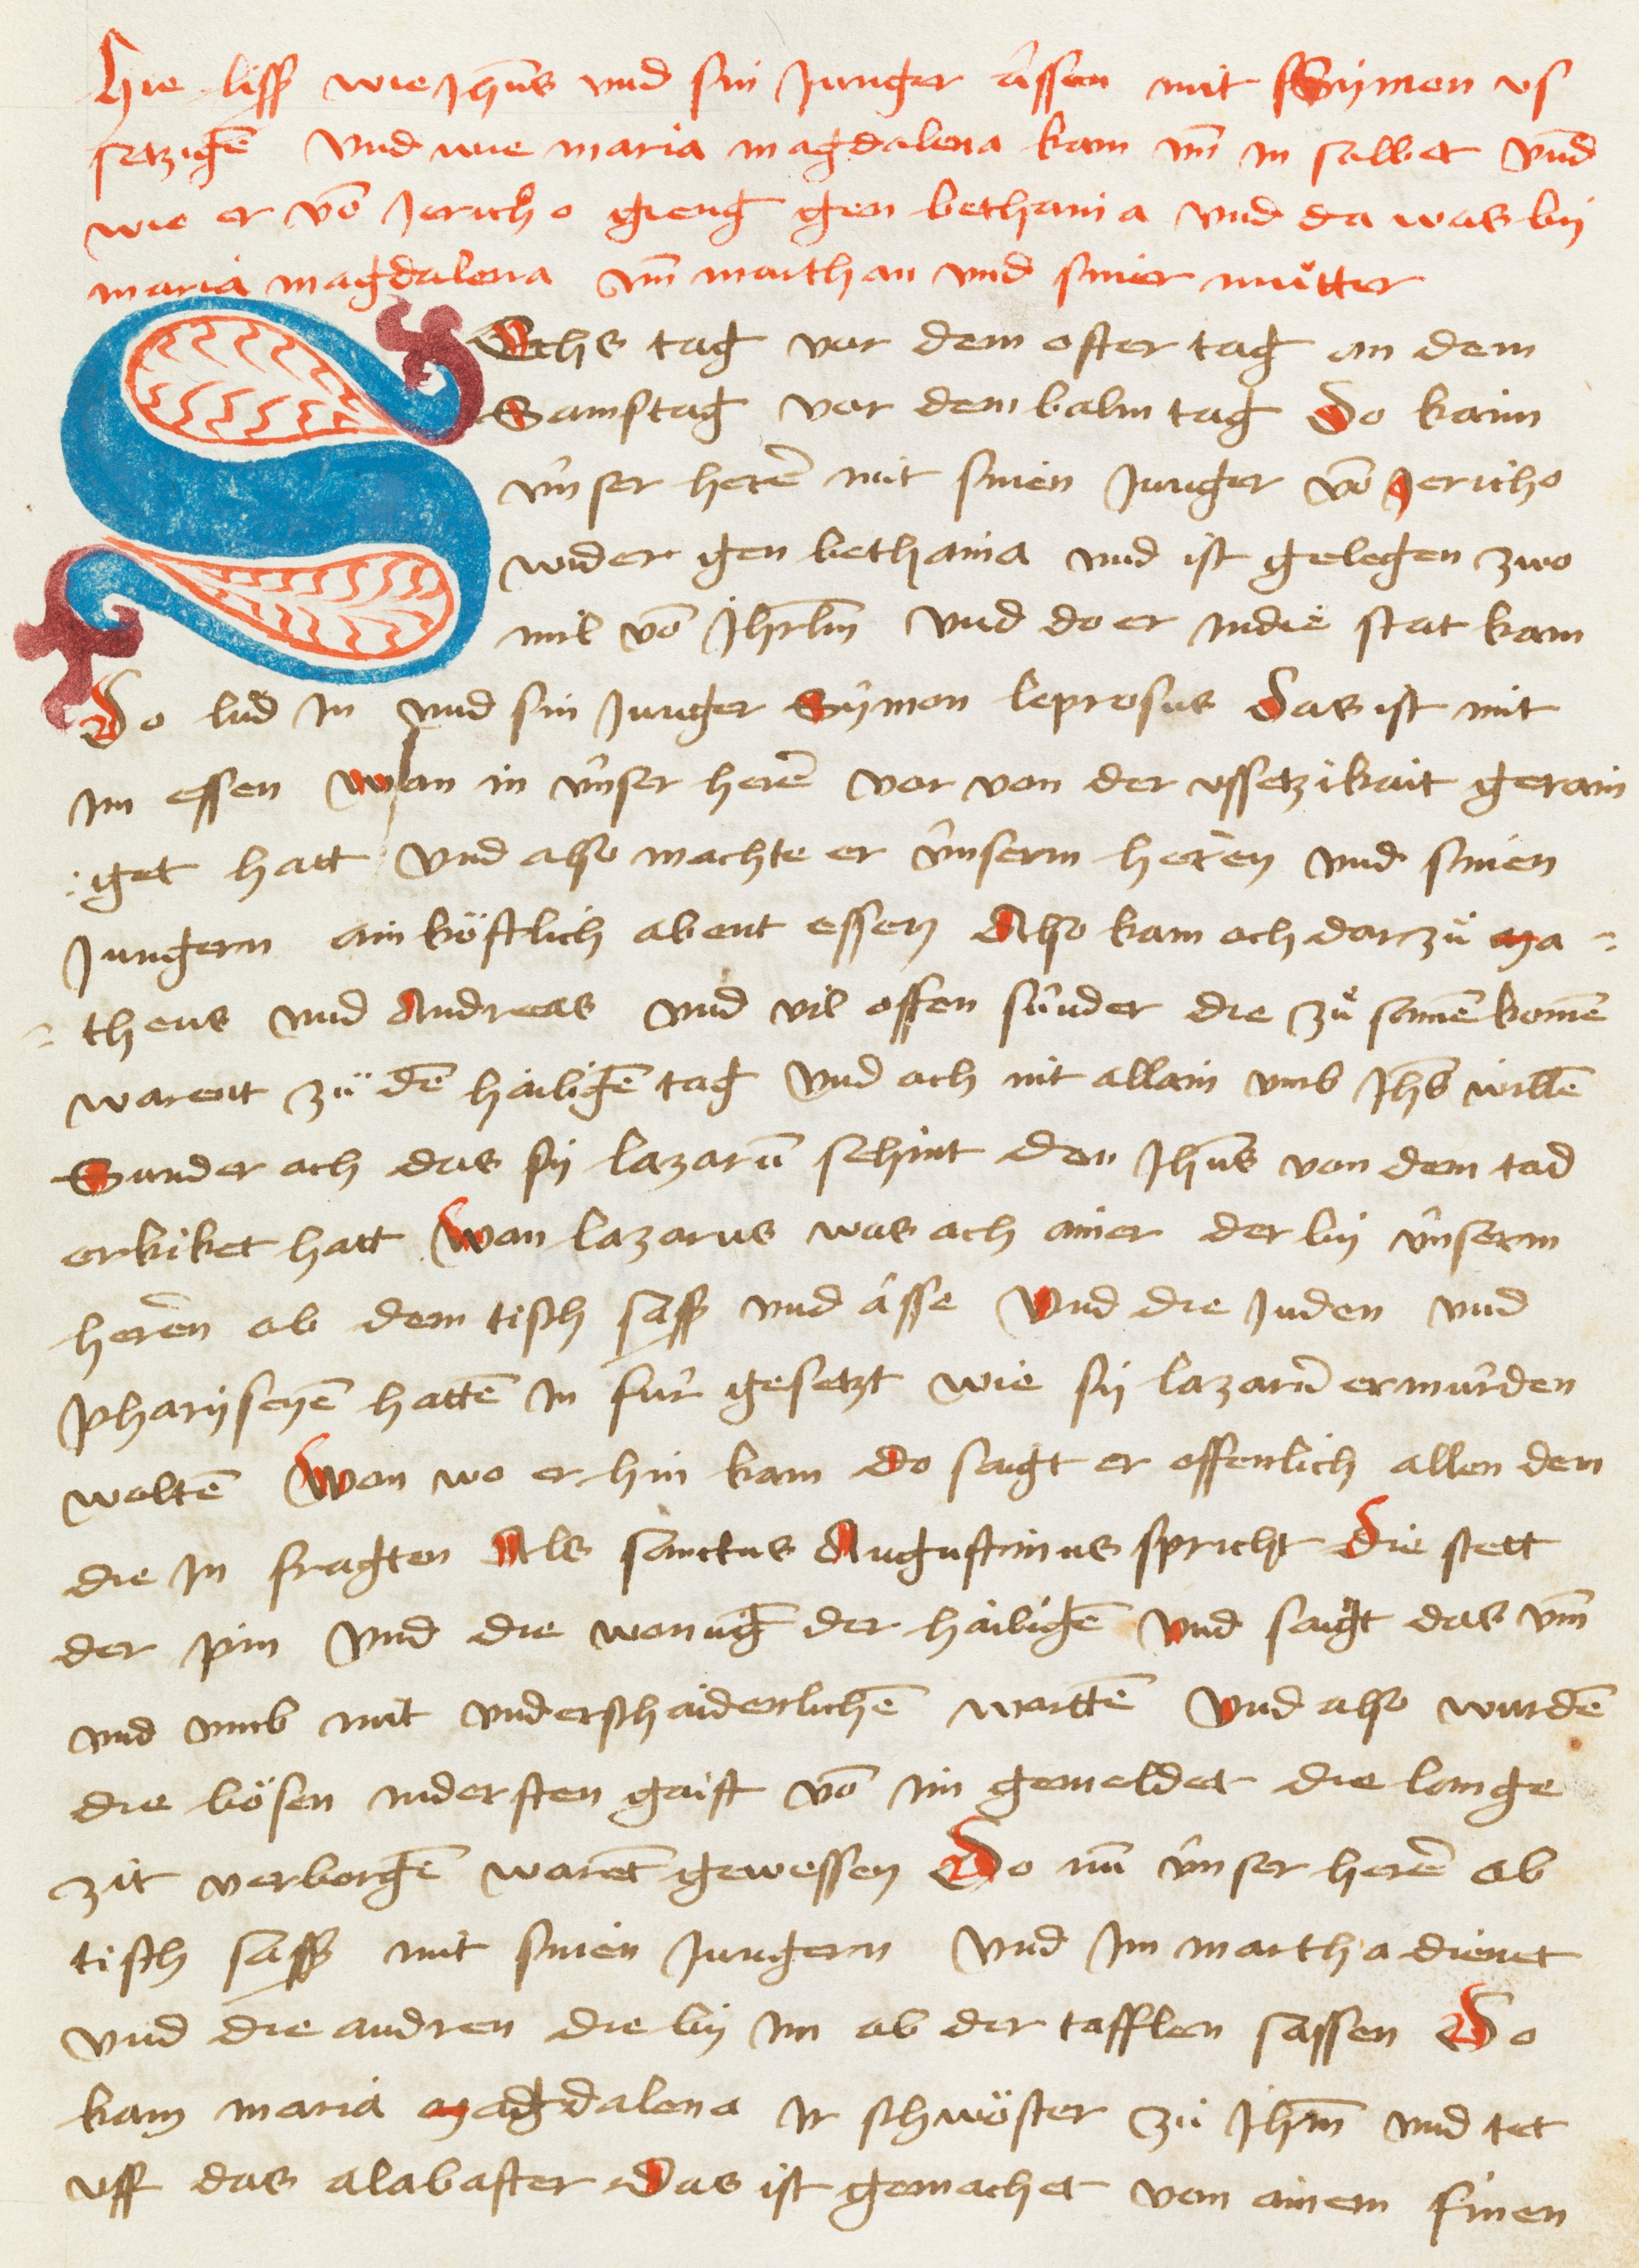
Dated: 1467–1467